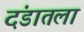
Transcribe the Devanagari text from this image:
दंडातला